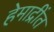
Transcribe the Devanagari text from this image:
हेमाद्रींत